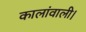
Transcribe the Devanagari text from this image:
कालांवाली।